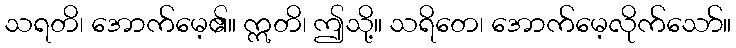
သရတိ၊ အောက်မေ့၏။ ဣတိ၊ ဤသို့။ သရိတေ၊ အောက်မေ့လိုက်သော်။